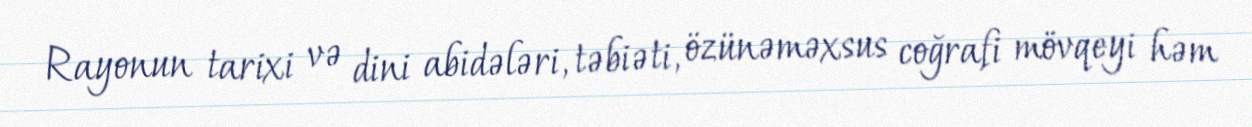
Rayonun tarixi və dini abidələri, təbiəti, özünəməxsus coğrafi mövqeyi həm